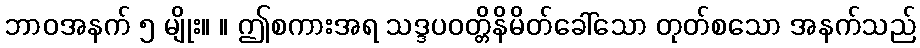
ဘာဝအနက် ၅ မျိုး။ ။ ဤစကားအရ သဒ္ဒပဝတ္တိနိမိတ်ခေါ်သော တုတ်စသော အနက်သည်